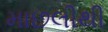
માછલીથી